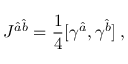
{ \cal J } ^ { \hat { a } \hat { b } } = \frac { 1 } { 4 } [ \gamma ^ { \hat { a } } , \gamma ^ { \hat { b } } ] \: ,